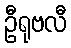
ဦရုဗလီ